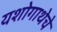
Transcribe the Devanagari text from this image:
यशोगाथेचे